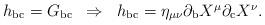
LaTeX: \begin{align*}\begin{array}{ccc}h_{{\rm bc}}=G_{{\rm bc}} & \Rightarrow & h_{{\rm bc}}=\eta _{\mu \nu}\partial _{{\rm b}}X^\mu \partial _{{\rm c}}X^\nu .\end{array}\end{align*}